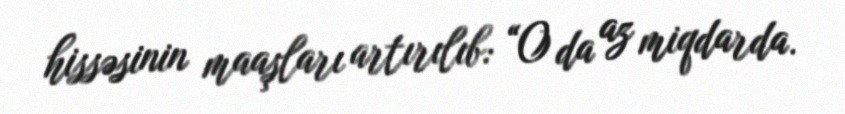
hissəsinin maaşları artırılıb: “O da az miqdarda.